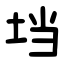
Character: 垱